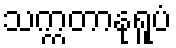
သက္ကတာနုရူပံ